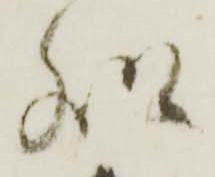
処